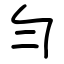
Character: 勻